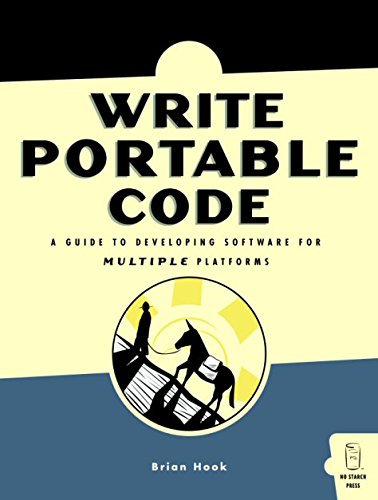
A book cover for Write Portable Code: An Introduction to Developing Software for Multiple Platforms; Brian Hook; Computers & Technology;